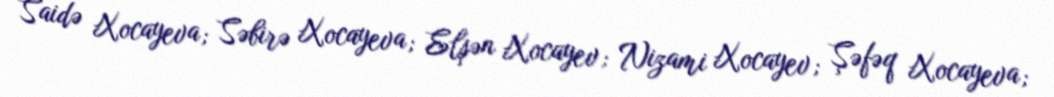
Saidə Xocayeva; Səbirə Xocayeva; Elşən Xocayev; Nizami Xocayev; Şəfəq Xocayeva;